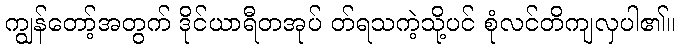
ကျွန်တော့်အတွက် ဒိုင်ယာရီတအုပ် တ်ရသကဲ့သို့ပင် စုံလင်တိကျလှပါ၏။